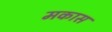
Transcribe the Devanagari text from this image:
मकास